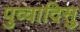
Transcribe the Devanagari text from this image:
पुव्वादिसु